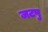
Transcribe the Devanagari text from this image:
जटपु